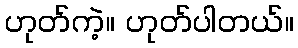
ဟုတ်ကဲ့။ ဟုတ်ပါတယ်။